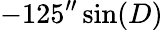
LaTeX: -125^{\prime\prime}\sin(D)